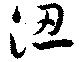
沑